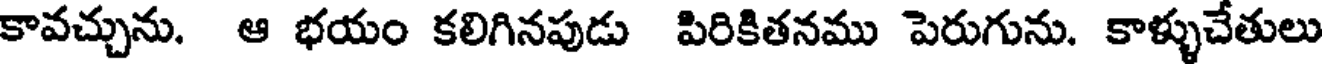
కావచ్చును. ఆ భయం కలిగినపుడు పిరికితనము పెరుగును. కాళ్ళుచేతులు